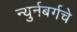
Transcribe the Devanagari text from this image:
न्युर्नबर्गचे